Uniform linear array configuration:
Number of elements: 16
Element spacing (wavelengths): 0.25
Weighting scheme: kaiser
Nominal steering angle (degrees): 0
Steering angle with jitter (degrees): -0.7864
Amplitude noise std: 0.05
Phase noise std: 0.05

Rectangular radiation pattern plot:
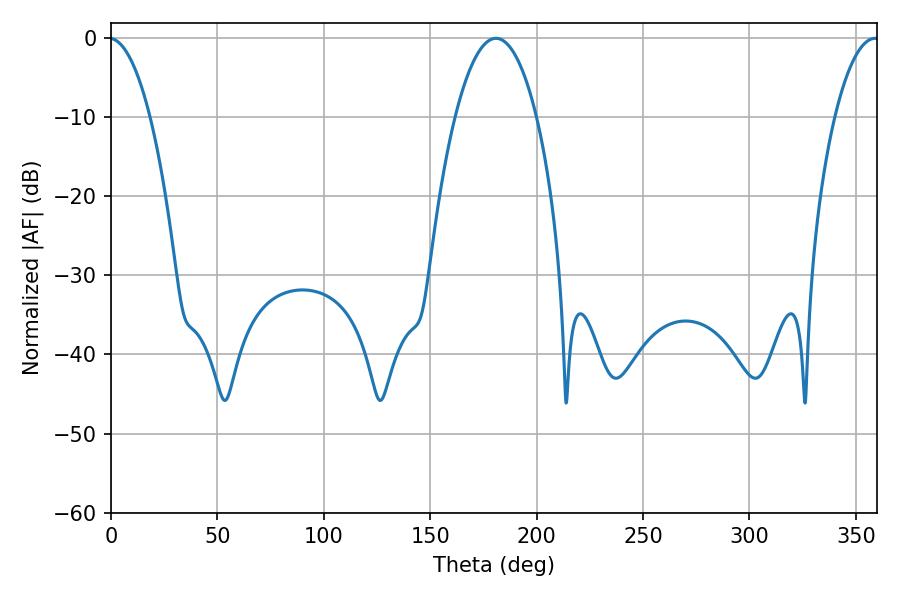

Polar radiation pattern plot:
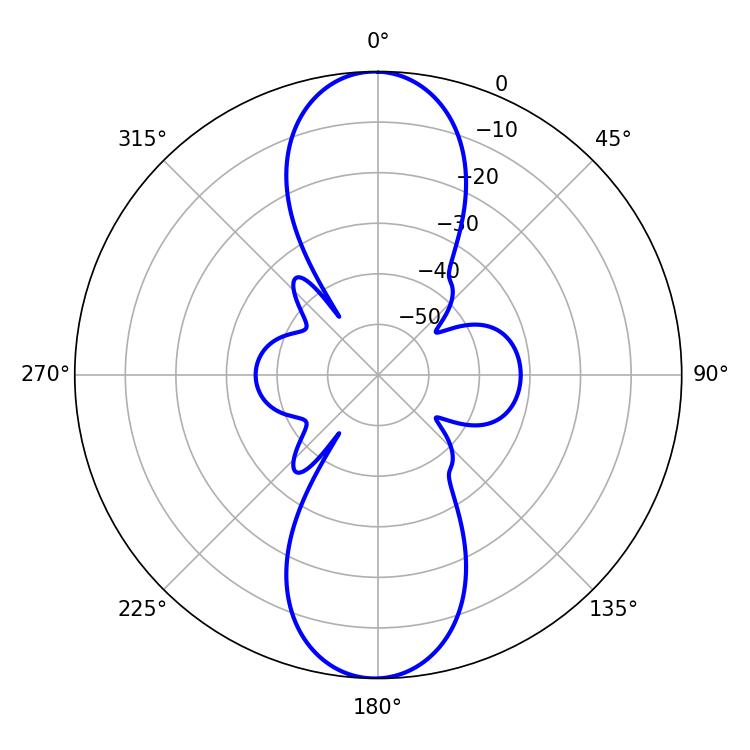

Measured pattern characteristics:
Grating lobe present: FALSE
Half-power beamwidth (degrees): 21.24
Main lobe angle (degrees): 180.9